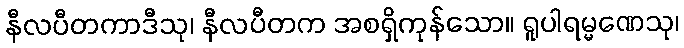
နီလပီတကာဒီသု၊ နီလပီတက အစရှိကုန်သော။ ရူပါရမ္မဏေသု၊